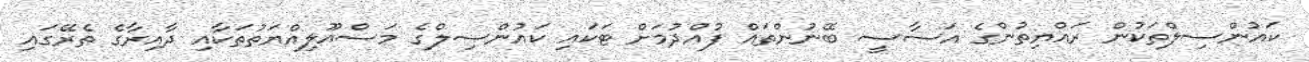
ކައުންސިލްތަކުން ރައްޔިތުންގެ އަސާސީ ބޭނުންތައް ފުއްދުމަށް ޓަކައި ކައުންސިލްގެ މަސްއޫލިއްޔަތުތަކާއި ދާއިރާގެ ތެރޭގައި